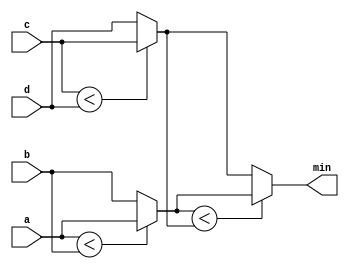
module top_module (
    input [7:0] a, b, c, d,
    output [7:0] min);//

    // assign intermediate_result1 = compare? true: false;
    wire [7:0] int_res1 = a<b ? a:b;
    wire [7:0] int_res2 = c<d ? c:d;
    
    assign min = int_res1<int_res2 ? int_res1:int_res2;

endmodule